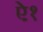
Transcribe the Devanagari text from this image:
ऐ१